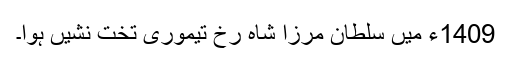
1409ء میں سلطان مرزا شاہ رخ تیموری تخت نشیں ہوا۔